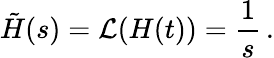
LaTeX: \tilde{H}(s)={\cal L}(H(t))=\frac{1}{s}\, .